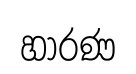
හාරණ